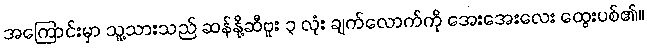
အကြောင်းမှာ သူ့သားသည် ဆန်နို့ဆီဗူး ၃ လုံး ချက်လောက်ကို အေးအေးလေး ထွေးပစ်၏။